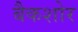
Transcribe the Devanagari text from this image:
बैकशोर